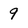
Character: 9